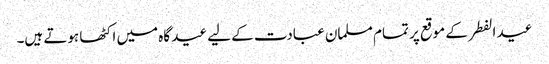
عید الفطر کے موقع پر تمام مسلمان عبادت کے لیے عید گاہ میں اکٹھا ہوتے ہیں۔